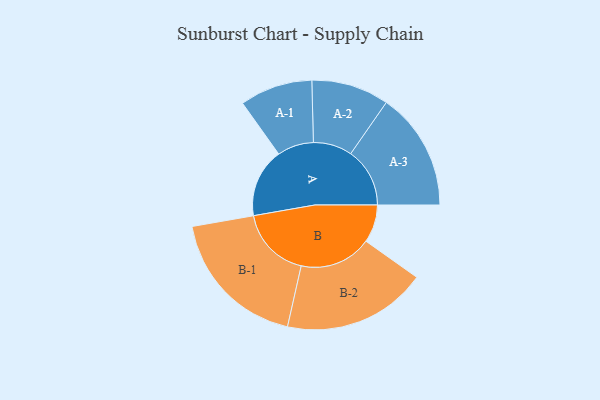
{"axis": {"x": "Segment", "y": "Value"}, "legend": ["", "A", "B"], "data": [{"x": "A", "y": 286, "type": ""}, {"x": "B", "y": 157, "type": ""}, {"x": "A-1", "y": 151, "type": "A"}, {"x": "A-2", "y": 161, "type": "A"}, {"x": "A-3", "y": 245, "type": "A"}, {"x": "B-1", "y": 299, "type": "B"}, {"x": "B-2", "y": 299, "type": "B"}]}